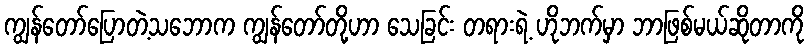
ကျွန်တော်ပြောတဲ့သဘောက ကျွန်တော်တို့ဟာ သေခြင်း တရားရဲ့ ဟိုဘက်မှာ ဘာဖြစ်မယ်ဆိုတာကို